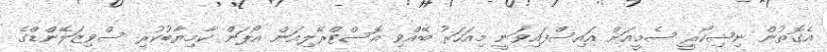
އެގޮތުން ނިޝިކޯރީ ސެމީއަށް އައިސްފައިވަނީ މިއަހަރު ބޭއްވި އޮސްޓްރޭލިއަން އޯޕަން ކާމިޔާބުކުރި ސްވިޒަލޭންޑްގެ